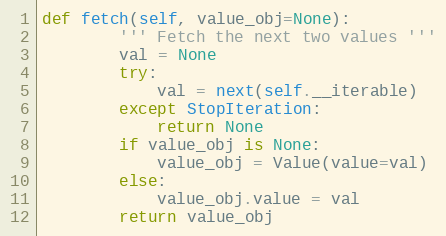
Language: Python
def fetch(self, value_obj=None):
        ''' Fetch the next two values '''
        val = None
        try:
            val = next(self.__iterable)
        except StopIteration:
            return None
        if value_obj is None:
            value_obj = Value(value=val)
        else:
            value_obj.value = val
        return value_obj